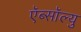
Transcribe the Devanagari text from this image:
ऍब्सॉल्यु